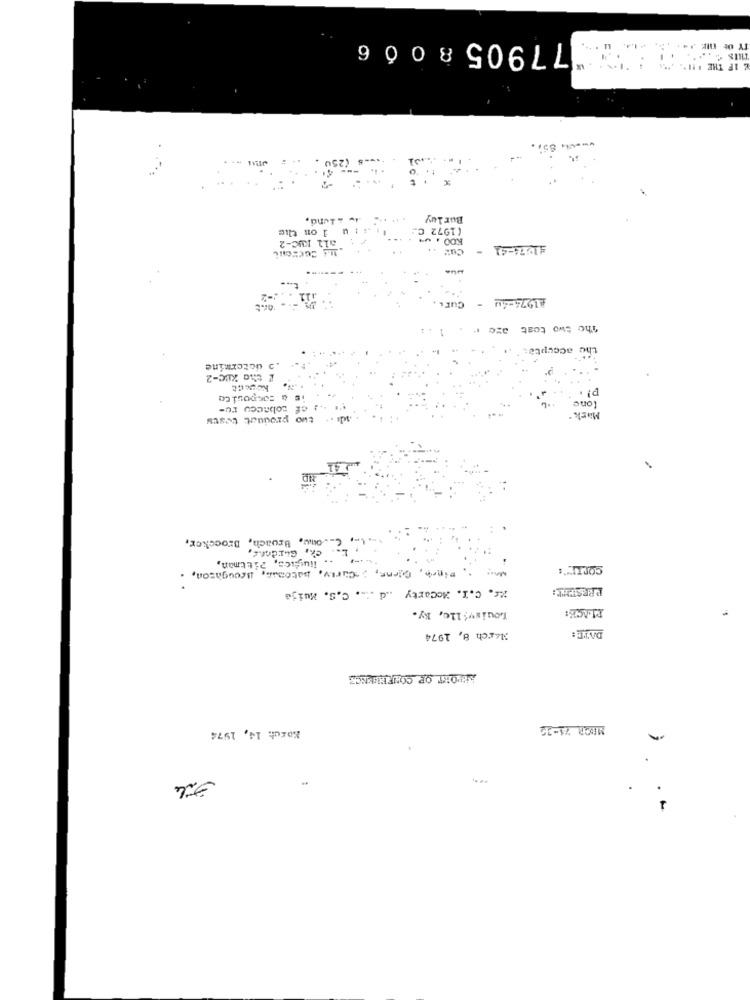
177905800 6
& IF THE 'H'. "
250
Bur ley
1 on the
(1972 C.
all KUC-2
#1974-41 -
AL274-40 - CuEL.
azc r
The two test
the acceptet
.O determine
& the XBC-2
p! .
à corposica
f zobnecu re-
Tone
adı . two produat tests
Mark
one, Broach, Broecker,
cx, Gurdonc,
Tiusfics, Pittman,
...
Mais , Pinch, Girne, Curry, batesss, Broughton,
CONTIN':
%f. C.I. Mccarty .. d .L. C.S. Muije
Louisville, Ky.
PLACE:
DATE:
Macch 8, 1974
APPORT OP CONFERENCE
Koruh 14, 1974
MBOR 75-32